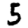
Digit: 5